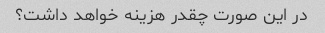
در این صورت چقدر هزینه خواهد داشت؟